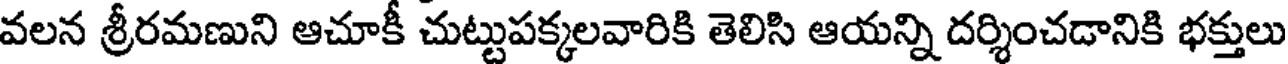
వలన శ్రీరమణుని ఆచూకీ చుట్టుపక్కలవారికి తెలిసి ఆయన్ని దర్శించడానికి భక్తులు